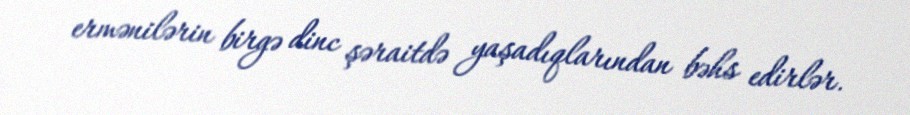
ermənilərin birgə dinc şəraitdə yaşadıqlarından bəhs edirlər.